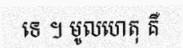
ទេ ។ មូលហេតុ គឺ